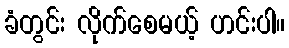
ခံတွင်း လိုက်စေမယ့် ဟင်းပါ။